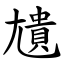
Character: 尵